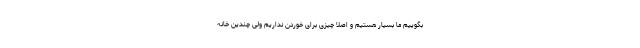
بگوییم ما بسیار هستیم و اصلا چیزی برای خوردن نداریم ولی چندین خانه